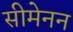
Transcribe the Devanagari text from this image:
सीमेनन